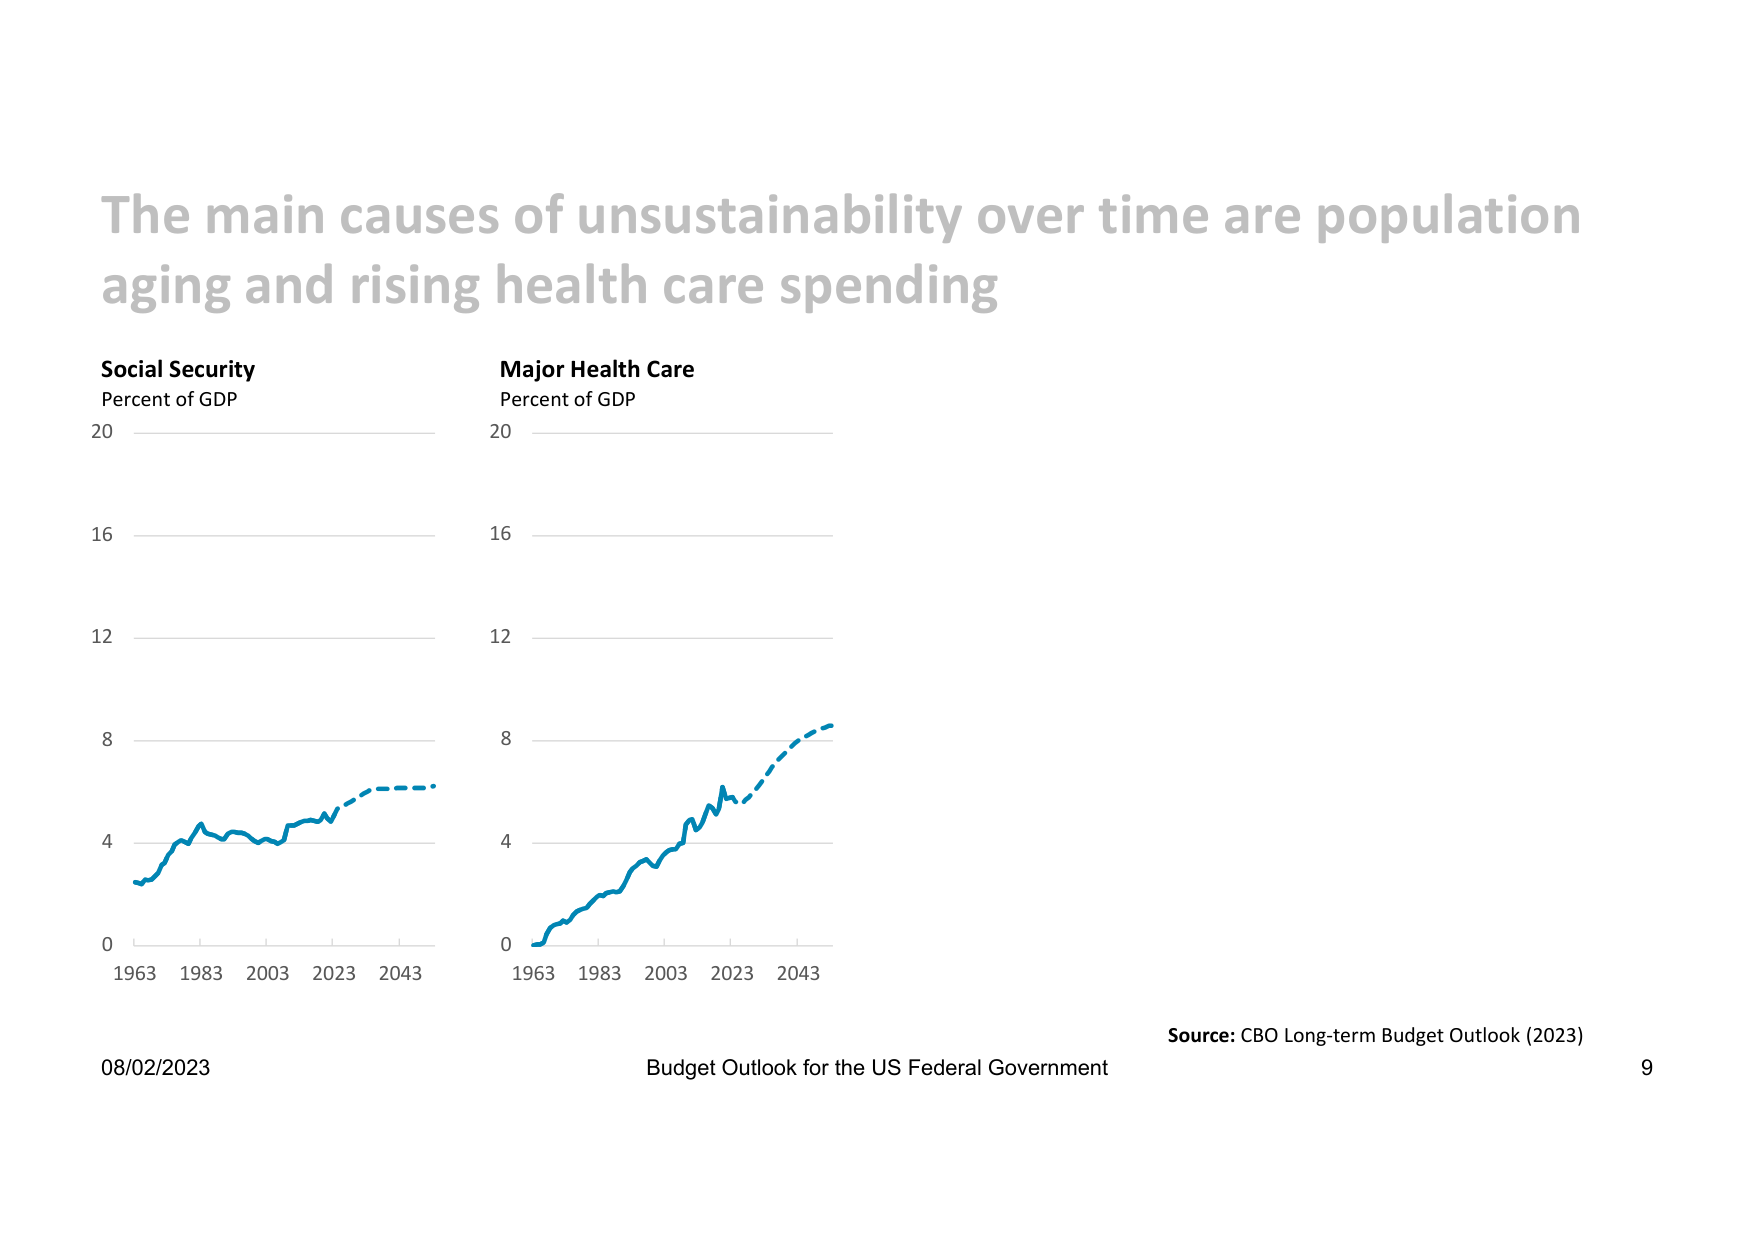
The main causes of unsustainability over time are population aging and rising health care spending

Social Security
Percent of GDP
20
16
12
8
4
0
1963 1983 2003 2023 2043

Major Health Care
Percent of GDP
20
16
12
8
4
0
1963 1983 2003 2023 2043

08/02/2023
Budget Outlook for the US Federal Government
Source: CBO Long-term Budget Outlook (2023)
9